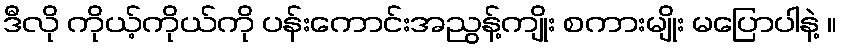
ဒီလို ကိုယ့်ကိုယ်ကို ပန်းကောင်းအညွန့်ကျိုး စကားမျိုး မပြောပါနဲ့ ။